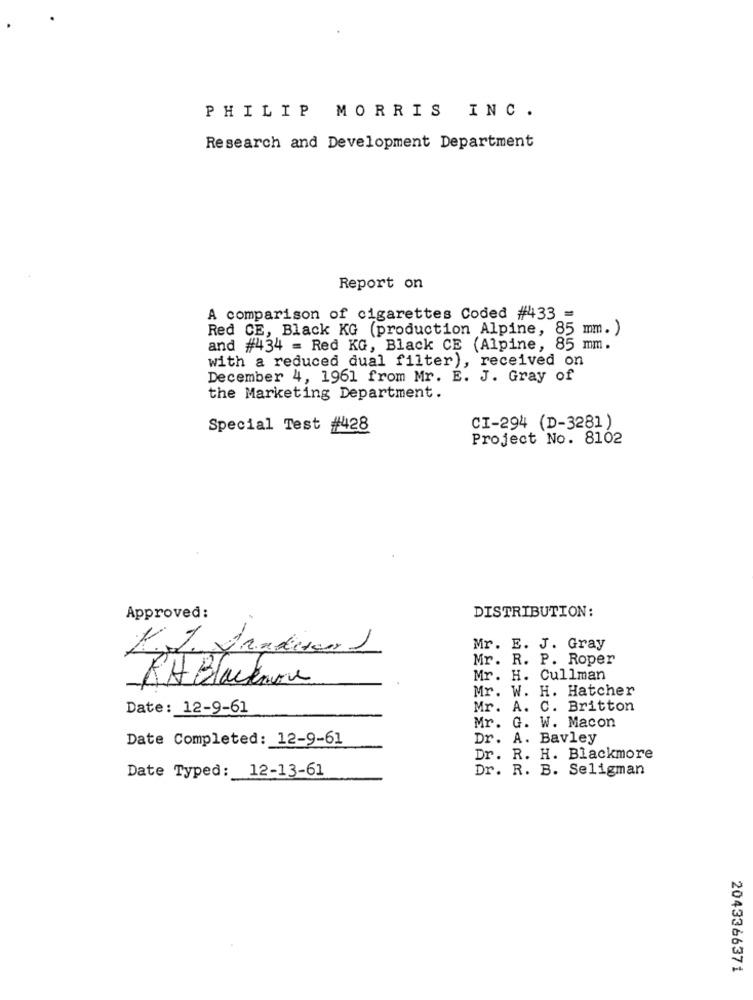
PHILIP MORRIS INC.
Research and Development Department
Report on
A comparison of cigarettes Coded #433 =
Red CE, Black KG (production Alpine, 85 mm.)
and #434 = Red KG, Black CE (Alpine, 85 mm.
with a reduced dual filter), received on
December 4, 1961 from Mr. E. J. Gray of
the Marketing Department.
Special Test #428
CI-294 (D-3281)
Project No. 8102
DISTRIBUTION:
Approved:
Mr. E. J. Gray
Mr. R. P. Roper
RH Blackmore
Mr. H. Cullman
Mr. W. H. Hatcher
Date: 12-9-61
Mr. A. C. Britton
Mr. G. W. Macon
Date Completed: 12-9-61
Dr. A. Bavley
Dr. R. H. Blackmore
Date Typed: 12-13-61
Dr. R. B. Seligman
2043366371